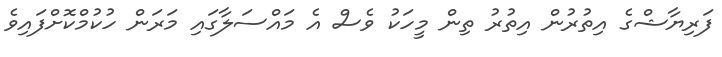
ފަރިޔާޝްގެ އިތުރުން އިތުރު ތިން މީހަކު ވެސް އެ މައްސަލާގައި މަރަން ހުކުމްކޮށްފައިވެ